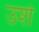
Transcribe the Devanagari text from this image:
उर्श